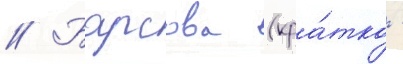
// Барсова (кра́тко -